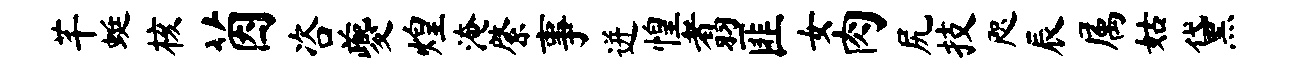
芊蜓核茵咨夔煌淹綮事迸惶翥匪女肉尻技咫辰属姑黛